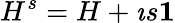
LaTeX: H^{s}=H+\imath{s}{\mathbf 1}